Indian Civil Veterinary Department memoirs
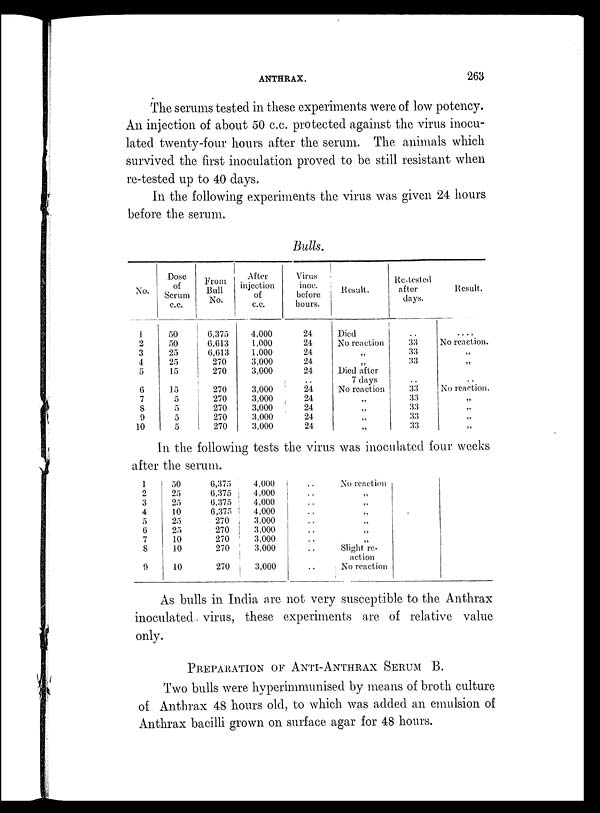
ANTHRAX.
263
The serums tested in these experiments were of low potency.
An injection of about 50 c.c. protected against the virus inocu-
lated twenty-four hours after the serum. The animals which
survived the first inoculation proved to be still resistant when
re-tested up to 40 days.
In the following experiments the virus was given 24 hours
before the serum.
Bulls.
No.
1
2
3
4
5
6
7
8
9
10
Dose
of
Serum
c.c.
50
50
25
25
15
15
5
5
5
5
From
Bull
No.
6,375
6,613
6,613
270
270
270
270
270
270
270
After
injection
of
c.c.
4,000
1,000
1,000
3,000
3,000
3,000
3,000
3,000
3,000
3,000
Virus
inoe.
before
hours.
24
24
24
24
24
24
24
24
24
24
Result.
Died
No reaction
„
Died after
7 days
No reaction
„
„
„
„
Re-tested
after
days.
..
33
33
33
..
33
33
33
33
33
Result.
....
No reaction.
„
„
..
No reaction.
„
„
„
„
In the following tests the virus was inoculated four weeks
after the serum.
1
2
3
4
5
6
7
8
9
50
25
25
10
25
25
10
10
10
6,375
6,375
6,375
6,375
270
270
270
270
270
4,000
4,000
4,000
4,000
3,000
3,000
3,000
3,000
3,000
..
..
..
..
..
..
..
..
..
No reaction
„
„
„
„
„
„
Slight re-
action
No reaction
As bulls in India are not very susceptible to the Anthrax
inoculated virus, these experiments are of relative value
only.
PREPARATION OF ANTI-ANTHRRAX SERUM B.
Two bulls were hyperimmunised by means of broth culture
of Anthrax 48 hours old, to which was added an emulsion of
Anthrax bacilli grown on surface agar for 48 hours.